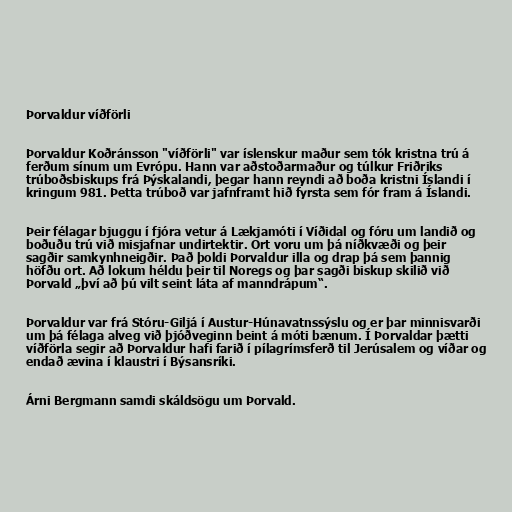
Þorvaldur víðförli

Þorvaldur Koðránsson "víðförli" var íslenskur maður sem tók kristna trú á
ferðum sínum um Evrópu. Hann var aðstoðarmaður og túlkur Friðriks
trúboðsbiskups frá Þýskalandi, þegar hann reyndi að boða kristni Íslandi í
kringum 981. Þetta trúboð var jafnframt hið fyrsta sem fór fram á Íslandi.

Þeir félagar bjuggu í fjóra vetur á Lækjamóti í Víðidal og fóru um landið og
boðuðu trú við misjafnar undirtektir. Ort voru um þá níðkvæði og þeir
sagðir samkynhneigðir. Það þoldi Þorvaldur illa og drap þá sem þannig
höfðu ort. Að lokum héldu þeir til Noregs og þar sagði biskup skilið við
Þorvald „því að þú vilt seint láta af manndrápum“.

Þorvaldur var frá Stóru-Giljá í Austur-Húnavatnssýslu og er þar minnisvarði
um þá félaga alveg við þjóðveginn beint á móti bænum. Í Þorvaldar þætti
víðförla segir að Þorvaldur hafi farið í pílagrímsferð til Jerúsalem og víðar og
endað ævina í klaustri í Býsansríki.

Árni Bergmann samdi skáldsögu um Þorvald.